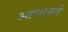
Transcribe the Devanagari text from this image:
आधलते